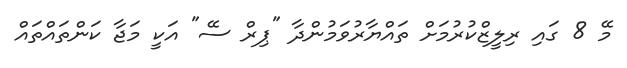
މޭ 8 ގައި ރިލީޒްކުރުމަށް ތައްޔާރުވަމުންދާ "ޕިރް ސޭ" އަކީ މަޖާ ކަންތައްތައް